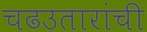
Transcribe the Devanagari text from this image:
चढउतारांची